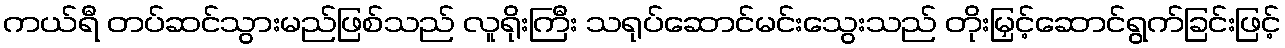
ကယ်ရီ တပ်ဆင်သွားမည်ဖြစ်သည် လူရိုးကြီး သရုပ်ဆောင်မင်းသွေးသည် တိုးမြှင့်ဆောင်ရွက်ခြင်းဖြင့်